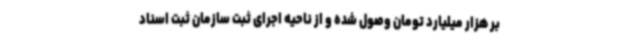
بر هزار میلیارد تومان وصول شده و از ناحیه اجرای ثبت سازمان ثبت اسناد